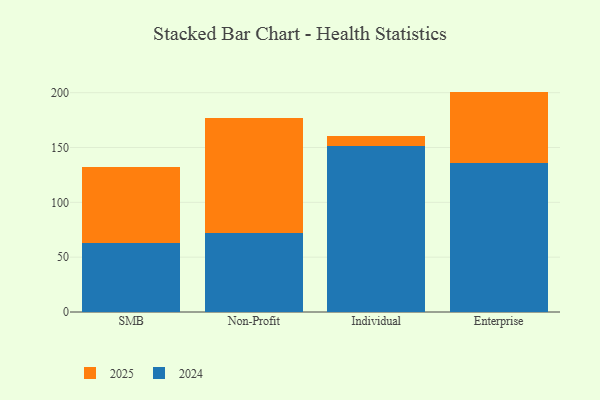
{"axis": {"x": "Segment", "y": "Energy Usage (MWh)"}, "legend": ["2024", "2025"], "data": [{"x": "SMB", "y": 69.4, "type": "2025"}, {"x": "SMB", "y": 62.9, "type": "2024"}, {"x": "Non-Profit", "y": 105.5, "type": "2025"}, {"x": "Non-Profit", "y": 71.6, "type": "2024"}, {"x": "Individual", "y": 9.2, "type": "2025"}, {"x": "Individual", "y": 151.6, "type": "2024"}, {"x": "Enterprise", "y": 65.0, "type": "2025"}, {"x": "Enterprise", "y": 136.0, "type": "2024"}]}